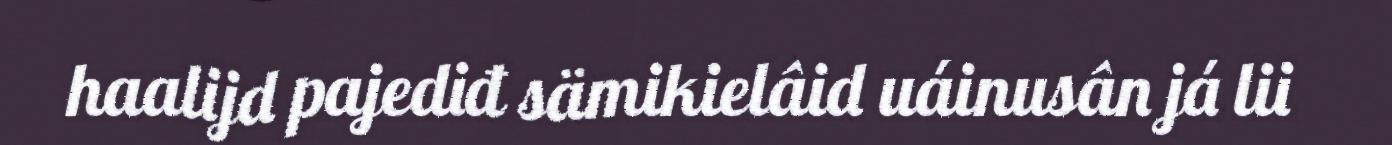
haalijd pajediđ sämikielâid uáinusân já lii